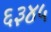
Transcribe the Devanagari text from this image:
६३४५